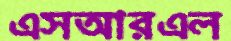
এসআরএল